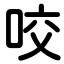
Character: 咬